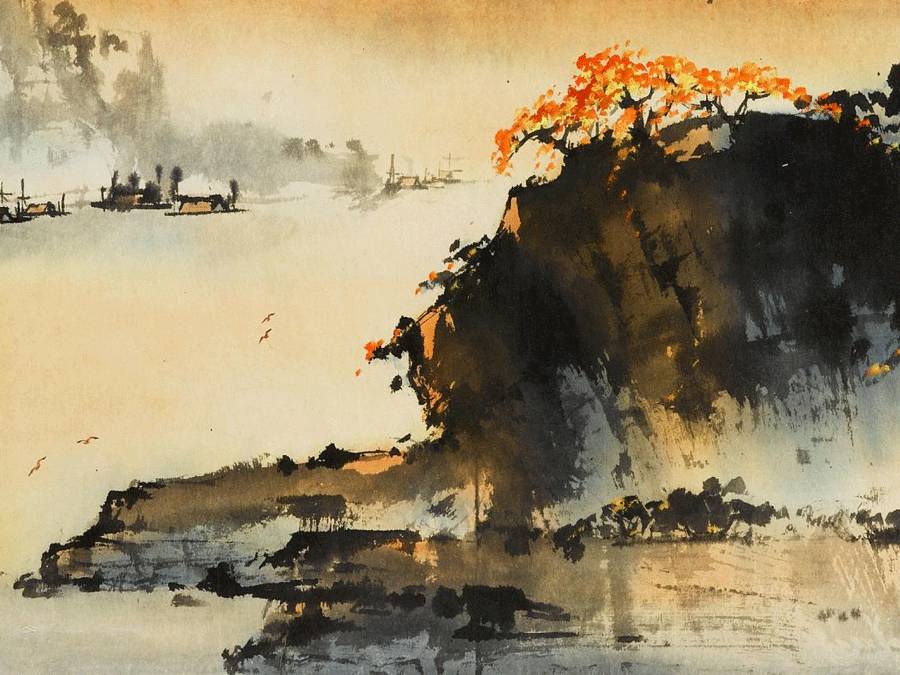
时靸双鸳响，廊叶秋声。